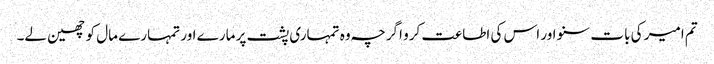
تم امیر کی بات سنو اور اس کی اطاعت کرو اگرچہ وہ تمہاری پشت پر مارے اور تمہارے مال کو چھین لے۔